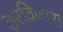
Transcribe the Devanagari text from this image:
ठरविणारा